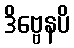
ဒိဗ္ဗေနပိ